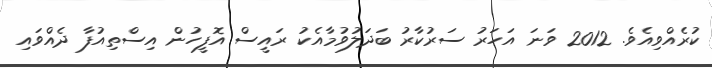
ކުރެއްވިއެވެ. 2012 ވަނަ އަހަރު ސަރުކާރު ބަދަލުވުމާއެކު ރައީސް އޮފީހުން އިސްތިއުފާ ދެއްވައި